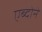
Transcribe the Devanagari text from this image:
एब्दोने